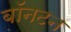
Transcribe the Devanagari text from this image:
बॉनटन